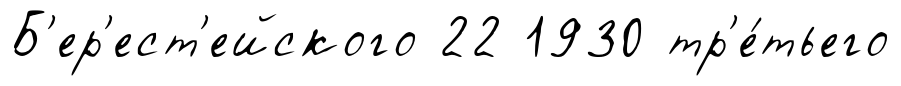
Б'ер'ест'ейского 22 1930 тр'е́тьего